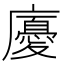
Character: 𢋣